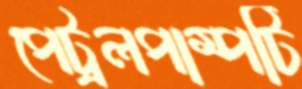
পেট্রলপাম্পটি